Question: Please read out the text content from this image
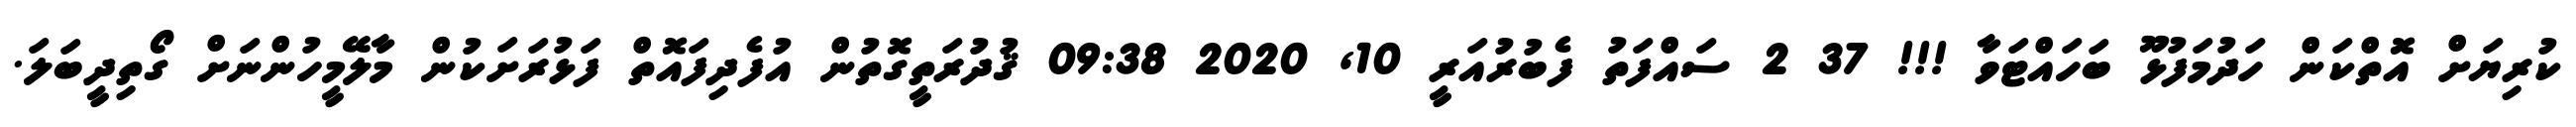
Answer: ކުރިޔަށް އޮތްކަން ހަދުމަފުޅޫ ބަހައްޓަވާ !!! 37 2 ސައްފަތު ފެބުރުއަރީ 10, 2020 09:38 ޤުދުރަތީގޮތުން އުފެދިފައޮތް ފަޅުރަށަކުން މާލޭމީހުންނަށް ގޯތިދީބަލަ.